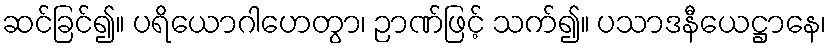
ဆင်ခြင်၍။ ပရိယောဂါဟေတွာ၊ ဉာဏ်ဖြင့် သက်၍။ ပသာဒနီယေဋ္ဌာနေ၊